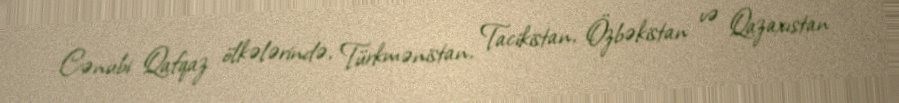
Cənubi Qafqaz ölkələrində, Türkmənistan, Tacikistan, Özbəkistan və Qazaxıstan